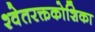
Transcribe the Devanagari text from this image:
श्वेतरक्तकोशिका